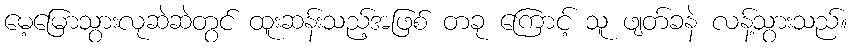
မေ့မြောသွားလုဆဲဆဲတွင် ထူးဆန်းသည့်အဖြစ် တခု ကြောင့် သူ ဖျတ်ခနဲ လန့်သွားသည်။